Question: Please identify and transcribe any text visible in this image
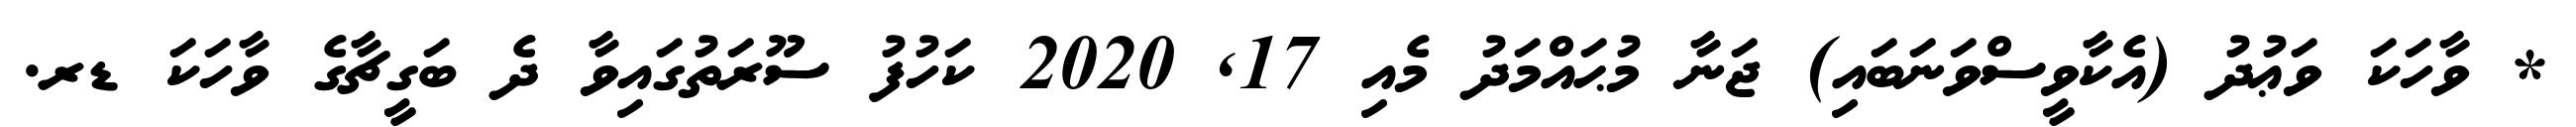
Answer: * ވާހަކަ ވަޢުދު (އެކާވީސްވަނަބައި) ޖަނާ މުޙައްމަދު މެއި 17, 2020 ކަހުފު ސޫރަތުގައިވާ ދެ ބަގީޗާގެ ވާހަކަ ޑރ.